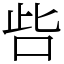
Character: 呰